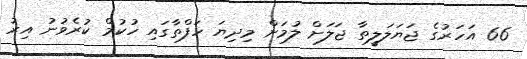
66 އަހަރުގެ ޖަޔަލަލީތާ ޖަލަށް ލުމަށް މިދިޔަ ހަފްތާގައި ހުކުމް ކުރެވުނު އިރު